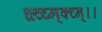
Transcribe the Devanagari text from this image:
क्ष्च्च्म्क्च्न्।।